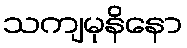
သကျမုနိနော